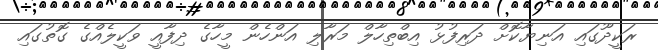
ރަކީދޫގައި އަނިޔާކޮށް ދަރިފުޅު އިބްތިހާލް މަރާލި އަންހެން މީހާގެ ދިފާއީ ވަކީލެއްގެ ގޮތުގައި